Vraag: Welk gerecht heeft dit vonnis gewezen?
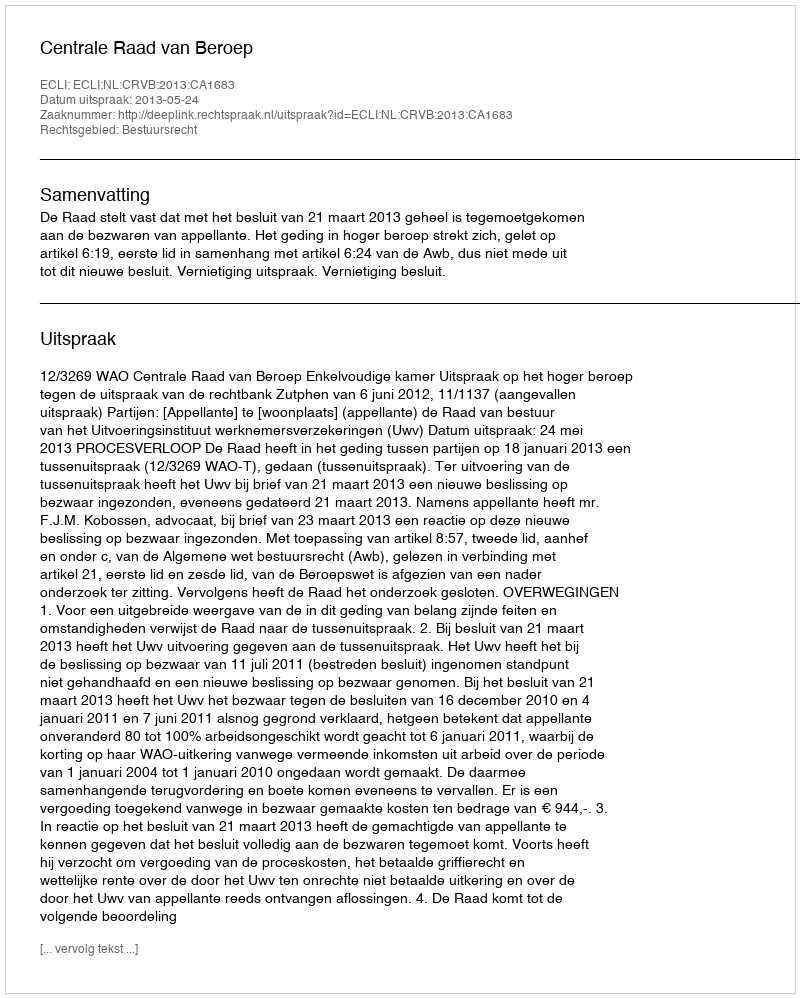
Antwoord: Centrale Raad van Beroep